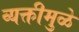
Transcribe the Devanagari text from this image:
व्यक्तीमुळे